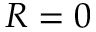
R = 0